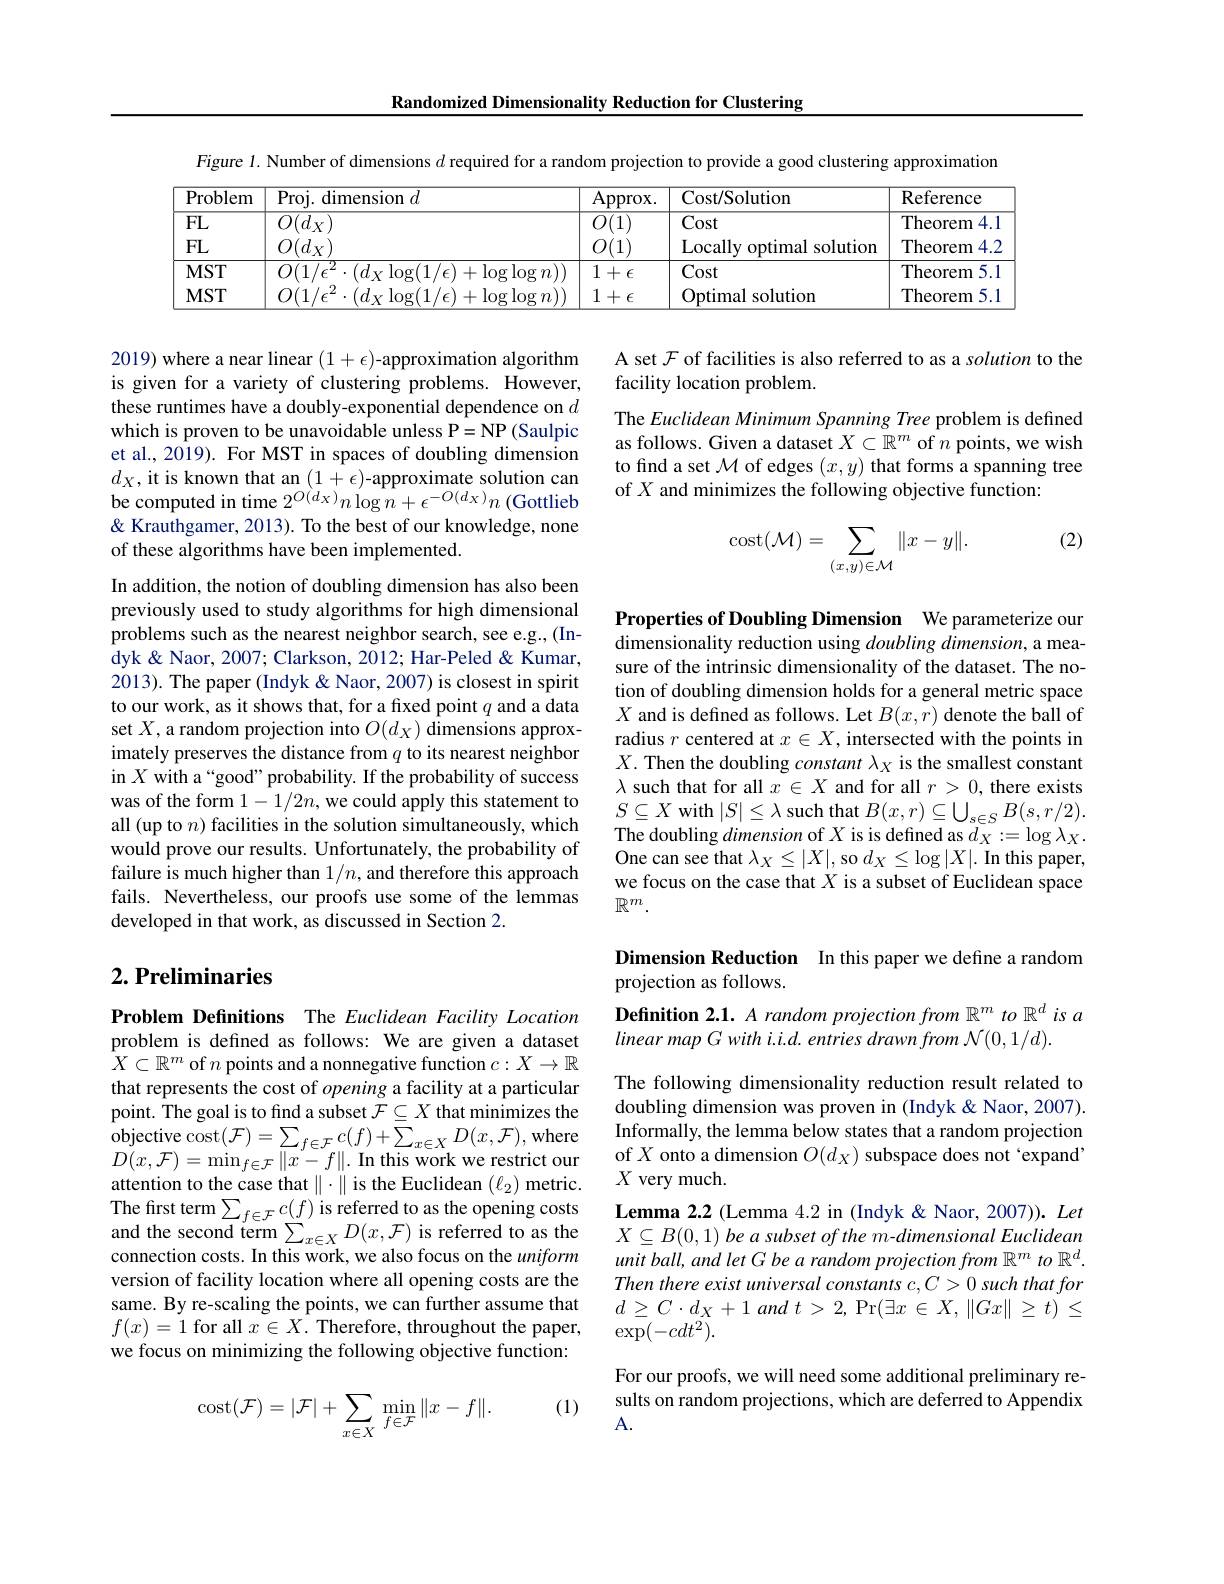
Randomized Dimensionality Reduction for Clustering

Figure 1. Number of dimensions $d$ required for a random projection to provide a good clustering approximation
<table>
	<tbody>
		<tr>
			<th>Problem</th>
			<th>Proj. dimension $d$</th>
			<th>Approx.</th>
			<th>Cost/ Solution</th>
			<th>Reference</th>
		</tr>
		<tr>
			<td>FL FL</td>
			<td>$\overline{O(d_{X})}$ $O(d_{X})$</td>
			<td>$\overline{O(1)}$ $O($ 1 $I$ 1</td>
			<td>Cost Locally optimal solution</td>
			<td>Theorem 4.1 Theorem $4.^{\prime}$</td>
		</tr>
		<tr>
			<td>$MST$</td>
			<td>$O(1/\epsilon^{2}\cdot(d_{X}\operatorname{log}(1/\epsilon)$ $+\log\log n))$</td>
			<td>$1+\epsilon$</td>
			<td>Cost</td>
			<td>Theorem 5.1</td>
		</tr>
		<tr>
			<td>$MST$</td>
			<td>$O(1/\epsilon^{2}\cdot(d_{X}\log(1/\epsilon)$ $+\log\log n))$</td>
			<td>1 + $\epsilon$</td>
			<td>Optimal solution</td>
			<td>Theorem 5.1</td>
		</tr>
	</tbody>
</table>

A set $\mathcal{F}$ of facilities is also referred to as a solution to the
facility location problem.
The Euclidean Minimum Spanning Tree problem is defined as follows. Given a dataset $X\subset\mathbb{R}^m$ of $n$ points, we wish to find a set $\mathcal{M}$ of edges $(x,y)$ that forms a spanning tree of $X$ and minimizes the following objective function:

2019) where a near linear $(1+\epsilon)$-approximation algorithm is given for a variety of clustering problems. However, these runtimes have a doubly-exponential dependence on $d$ which is proven to be unavoidable unless P=NP (Saulpic et al., 2019). For MST in spaces of doubling dimension $d_X$,it is known that an $(1+\epsilon)$-approximate solution can be computed in time $2^{O(dx)}n\log n+\epsilon^{-O(dx)}n$ (Gottlieb & Krauthgamer, 2013). To the best of our knowledge, none of these algorithms have been implemented.

(2)
$$\operatorname{cost}(\mathcal{M})=\sum\limits_{(x,y)\in\mathcal{M}}\|x-y\|.$$
In addition, the notion of doubling dimension has also been previously used to study algorithms for high dimensional problems such as the nearest neighbor search, see e.g., (Indyk & Naor, 2007; Clarkson, 2012; Har-Peled & Kumar, 2013). The paper (Indyk &Naor, 2007) is closest in spirit to our work, as it shows that, for a fixed point $q$ and a data set $X$, a random projection into $O(d_X)$ dimensions approximately preserves the distance from $q$ to its nearest neighbor in $X$ with a“good” probability. If the probability of success was of the form $1-1/2n$,we could apply this statement to all (up to $n$) facilities in the solution simultaneously, which would prove our results. Unfortunately, the probability of failure is much higher than $1/n$, and therefore this approach fails. Nevertheless, our proofs use some of the lemmas developed in that work, as discussed in Section 2.

Properties of Doubling Dimension We parameterize our dimensionality reduction using doubling dimension, a measure of the intrinsic dimensionality of the dataset. The notion of doubling dimension holds for a general metric space $X$ and is defined as follows. Let $B(x,r)$ denote the ball of radius $r$ centered at $x\in X$, intersected with the points in $X.$ Then the doubling constant $\lambda_X$ is the smallest constant $\lambda$ such that for all $x\in X$ and for all $r>0$, there exists $S\subseteq X$ with$|S|\leq\lambda$ such that $B(x,r)\subseteq\bigcup_s\in SB(s,r/2).$ The doubling dimension of $X$ is is defined as $d_X:=\log\lambda_X.$ One can see that $\lambda_X\leq|X|$,so $d_X\leq\log|X|.$ In this paper, we focus on the case that $X$ is a subset of Euclidean space $\mathbb{R}^m.$

## Dimension Reduction In this paper we define a random projection as follows.

## $2. \textbf{Preliminaries}$

Definition 2.1. A random projection from $\mathbb{R}^m$ to $\mathbb{R}^d$ is a
linear map G with i.i.d. entries drawn from N(0,1/d).

Problem Definitions The Euclidean Facility Location problem is defined as follows: We are given a dataset $X\subset\mathbb{R}^m$ of $n$ points and a nonnegative function $c:X\to\mathbb{R}$ that represents the cost of opening a facility at a particular point. The goal is to find a subset $\mathcal{F}\subseteq X$ that minimizes the $\begin{array}{l}{\mathrm{objective~cost}(\mathcal{F})=\sum_{f\in\mathcal{F}}c(f)+\bar{\sum}_{x\in X}D(x,\mathcal{F}),\mathrm{where}}\\{D(x\:\mathcal{F})=\min_{x\to\infty}-\|x\|\:\mathbf{In~thic~work~wa~raotriot~our}}\end{array}$ $D(x,\mathcal{F})=\operatorname*{min}_{f\in\mathcal{F}}\|x^{\prime}-f\|.$ In this work we restrict our attention to the case that $\|\cdot\|$ is the Euclidean $(\ell_{2})$ metric. The first term$\sum_f\in\mathcal{F}c(f)$ is referred to as the opening costs and the second term $\sum_{x\in X}D(x,\mathcal{F})$ is referred to as the connection costs. In this work, we also focus on the uniform version of facility location where all opening costs are the same. By re-scaling the points, we can further assume that $f(x)=1$ for all $x\in X.$ Therefore, throughout the paper, we focus on minimizing the following objective function:

The following dimensionality reduction result related to doubling dimension was proven in (Indyk &Naor, 2007). Informally, the lemma below states that a random projection of $X$ onto a dimension $O(d_X)$ subspace does not `expand" $X$ very much.
Lemma 2.2 (Lemma 4.2 in (Indyk &Naor, 2007)). Let $X\subseteq B( 0, 1) \textit{ be a subset of the m- dimensional Euclidean}$ unit ball, and let G be a random projection from $\mathbb{R}^m$ to $\mathbb{R}^d.$ Then there exist universal constants c,C>0 such that for $d\geq C\cdot d_X+ 1$ and $t> 2$, $\Pr ( \exists x^{\prime }\in X$, $\| Gx\| \geq t) ^{\prime }\leq$ $\exp(-cdt^2).$

For our proofs, we will need some additional preliminary results on random projections, which are deferred to Appendix A.

(1)
$$\operatorname{cost}(\mathcal{F})=|\mathcal{F}|+\sum_{x\in X}\operatorname*{min}_{f\in\mathcal{F}}\|x-f\|.$$